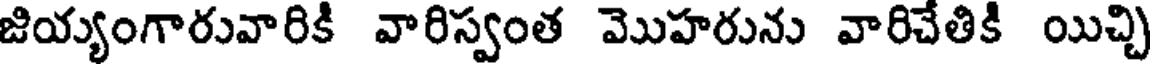
జియ్యంగారువారికి వారిస్వంత మొహరును వారిచేతికి యిచ్చి